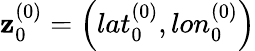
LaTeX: \mathbf{z}_{0}^{(0)}=\left(lat_{0}^{(0)},lon_{0}^{(0)}\right)